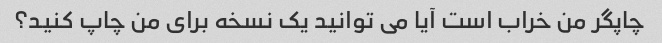
چاپگر من خراب است آیا می توانید یک نسخه برای من چاپ کنید؟